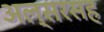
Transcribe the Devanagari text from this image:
अल्सरसह